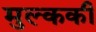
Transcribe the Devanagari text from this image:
मुल्ककी